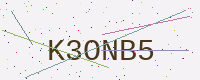
Text: K3ONB5